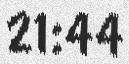
21:44